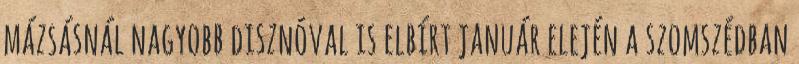
mázsásnál nagyobb disznóval is elbírt január elején a szomszédban